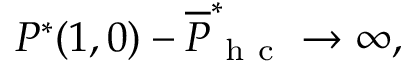
P ^ { * } ( 1 , 0 ) - \overline { { P } } _ { \mathrm { ~ h ~ c ~ } } ^ { * } \rightarrow \infty ,